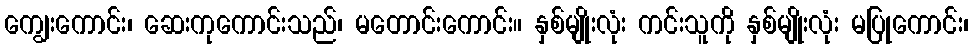
ကျွေးကောင်း၊ ဆေးကုကောင်းသည်၊ မတောင်းကောင်း။ နှစ်မျိုးလုံး ကင်းသူကို နှစ်မျိုးလုံး မပြုကောင်း၊